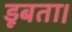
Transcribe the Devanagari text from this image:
डूबता।